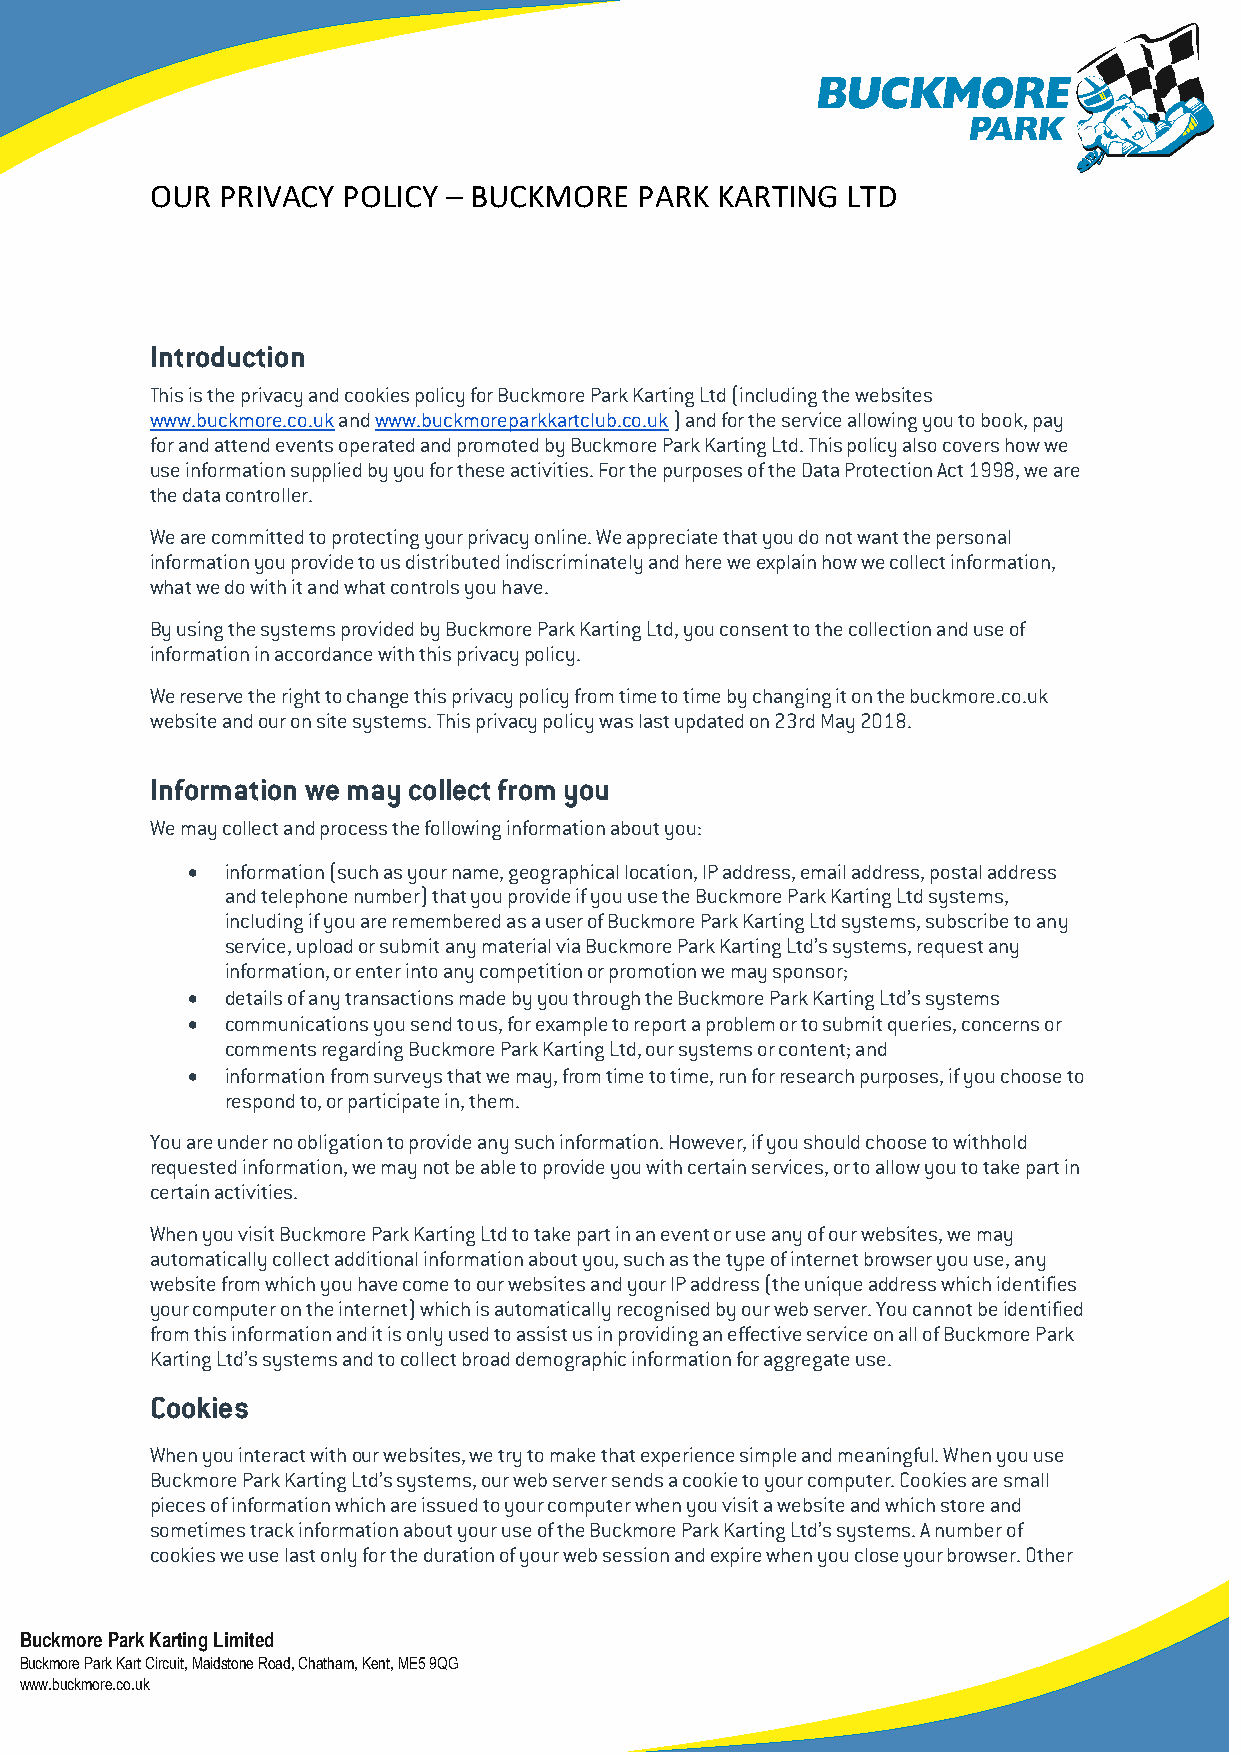
OUR PRIVACY  POLICY – BUCKMORE  PARK KARTING  LTD
 Introduction
 This is the privacy and cookies policy for Buckmore Park Karting Ltd (including the websites
 www.buckmore.co.uk and www.buckmoreparkkartclub.co.uk ) and for the service allowing you to book, pay
 for and attend events operated and promoted by Buckmore Park Karting Ltd. This policy also covers how we
 use information supplied by you for these activities. For the purposes of the Data Protection Act 1998, we are
 the data controller.
 We are committed to protecting your privacy online. We appreciate that you do not want the personal
 information you provide to us distributed indiscriminately and here we explain how we collect information,
 what we do with it and what controls you have.
 By using the systems provided by Buckmore Park Karting Ltd, you consent to the collection and use of
 information in accordance with this privacy policy.
 We reserve the right to change this privacy policy from time to time by changing it on the buckmore.co.uk
 website and our on site systems. This privacy policy was last updated on 23rd May 2018.
 Information we may collect from you
 We may collect and process the following information about you:
 •  information (such as your name, geographical location, IP address, email address, postal address
 and telephone number) that you provide if you use the Buckmore Park Karting Ltd systems,
 including if you are remembered as a user of Buckmore Park Karting Ltd systems, subscribe to any
 service, upload or submit any material via Buckmore Park Karting Ltd’s systems, request any
 information, or enter into any competition or promotion we may sponsor;
 •  details of any transactions made by you through the Buckmore Park Karting Ltd’s systems
 •  communications you send to us, for example to report a problem or to submit queries, concerns or
 comments regarding Buckmore Park Karting Ltd, our systems or content; and
 •  information from surveys that we may, from time to time, run for research purposes, if you choose to
 respond to, or participate in, them.
 You are under no obligation to provide any such information. However, if you should choose to withhold
 requested information, we may not be able to provide you with certain services, or to allow you to take part in
 certain activities.
 When you visit Buckmore Park Karting Ltd to take part in an event or use any of our websites, we may
 automatically collect additional information about you, such as the type of internet browser you use, any
 website from which you have come to our websites and your IP address (the unique address which identifies
 your computer on the internet) which is automatically recognised by our web server. You cannot be identified
 from this information and it is only used to assist us in providing an effective service on all of Buckmore Park
 Karting Ltd’s systems and to collect broad demographic information for aggregate use.
 Cookies
 When you interact with our websites, we try to make that experience simple and meaningful. When you use
 Buckmore Park Karting Ltd’s systems, our web server sends a cookie to your computer. Cookies are small
 pieces of information which are issued to your computer when you visit a website and which store and
 sometimes track information about your use of the Buckmore Park Karting Ltd’s systems. A number of
 cookies we use last only for the duration of your web session and expire when you close your browser. Other
 Buckmore Park Karting Limited
 Buckmore Park Kart Circuit, Maidstone Road, Chatham, Kent, ME5 9QG
 www.buckmore.co.uk